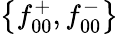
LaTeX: \left\{ f_{00}^{+},f_{00}^{-}\right\}